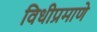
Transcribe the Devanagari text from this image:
विधीप्रमाणे